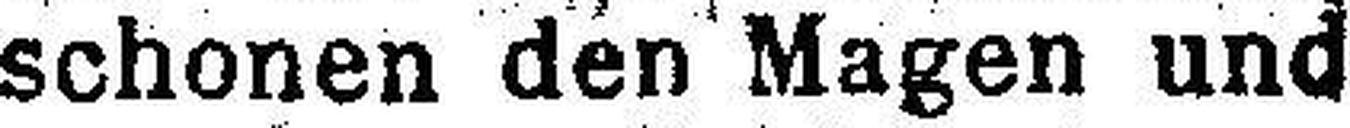
schonen den Magen und